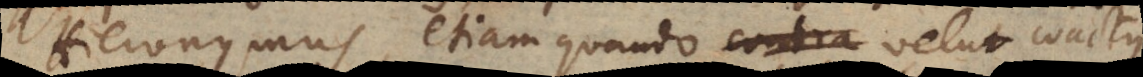
Hieronymus, etiam quando velut coactus